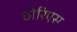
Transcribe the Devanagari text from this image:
ठोरिएस